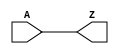
module feedx1 (Z, A);
  output Z;
  input A;
  assign Z = A;
endmodule